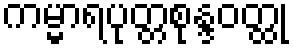
ကမ္မာရပုတ္တစုန္ဒဝတ္ထု